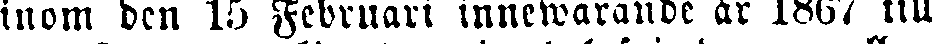
inom den 15 Februari innewarande år 1867 till